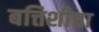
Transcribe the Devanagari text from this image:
बत्तिशीचा